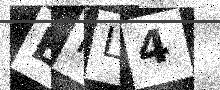
Text: ENL4